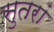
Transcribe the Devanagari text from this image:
सुतरां